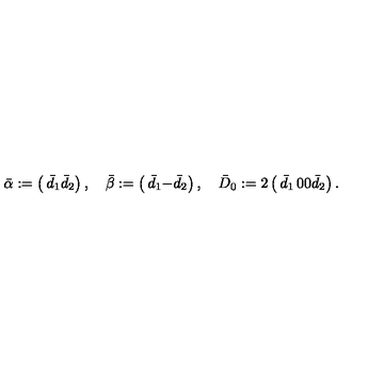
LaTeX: \bar { \alpha } : = \left( \begin{matrix} { \bar { d } _ { 1 } } \\ { \bar { d } _ { 2 } } \\ \end{matrix} \right) , \quad \bar { \beta } : = \left( \begin{matrix} { \bar { d } _ { 1 } } \\ { - \bar { d } _ { 2 } } \\ \end{matrix} \right) , \quad \bar { D } _ { 0 } : = 2 \left( \begin{matrix} { \bar { d } _ { 1 } } & { 0 } \\ { 0 } & { \bar { d } _ { 2 } } \\ \end{matrix} \right) .